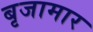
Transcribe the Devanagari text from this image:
बृजामार